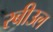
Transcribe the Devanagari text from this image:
रबीउल